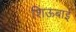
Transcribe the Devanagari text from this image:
शिऊबाई